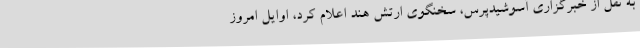
به نقل از خبرگزاری آسوشیدپرس، سخنگوی ارتش هند اعلام کرد، اوایل امروز